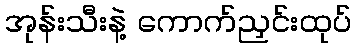
အုန်းသီးနဲ့ ကောက်ညှင်းထုပ်